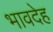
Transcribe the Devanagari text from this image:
भावदेह